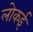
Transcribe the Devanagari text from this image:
लोकई